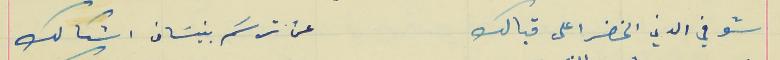
شوفي الدني الخضرا على قبالك                                عن ترسَم بنيسَان اشكالك